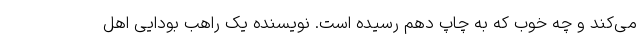
می‌کند و چه خوب که به چاپ دهم رسیده است. نویسنده یک راهب بودایی اهل